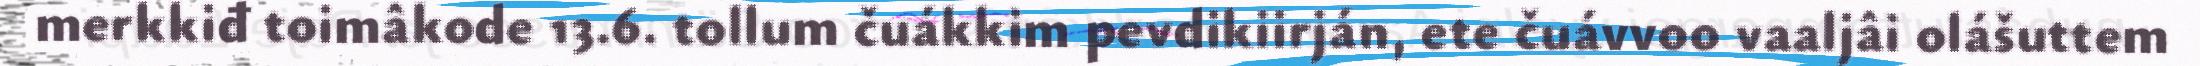
merkkiđ toimâkode 13.6. tollum čuákkim pevdikiirján, ete čuávvoo vaaljâi olášuttem